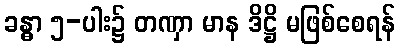
ခန္ဓာ ၅-ပါး၌ တဏှာ မာန ဒိဋ္ဌိ မဖြစ်စေရန်